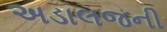
અડાલજની